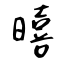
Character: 暿